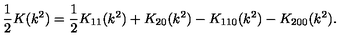
\frac { 1 } { 2 } K ( k ^ { 2 } ) = \frac { 1 } { 2 } K _ { 1 1 } ( k ^ { 2 } ) + K _ { 2 0 } ( k ^ { 2 } ) - K _ { 1 1 0 } ( k ^ { 2 } ) - K _ { 2 0 0 } ( k ^ { 2 } ) .